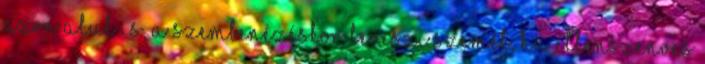
azon alul is, a szembenézéskor leveszi szemét, ha ellenszenves